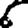
Digit: 6